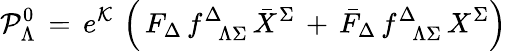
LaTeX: {\cal P}_{\Lambda}^{0}\, =\, e^{\cal K}\, \left(\, F_{\Delta}\, f_{\phantom{\Delta}\Lambda\Sigma}^{\Delta}\, {\bar{X}}^{\Sigma}\, +\, {\bar{F}}_{\Delta}\, f_{\phantom{\Delta}\Lambda\Sigma}^{\Delta}\, {X}^{\Sigma}\right)